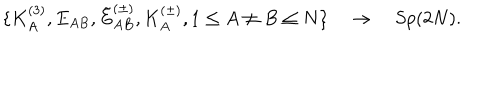
\{ K _ { A } ^ { ( 3 ) } , E _ { A B } , \tilde { E } _ { A B } ^ { ( \pm ) } , K _ { A } ^ { ( \pm ) } , 1 \le A \neq B \le N \} \quad \rightarrow \quad S p ( 2 N ) .